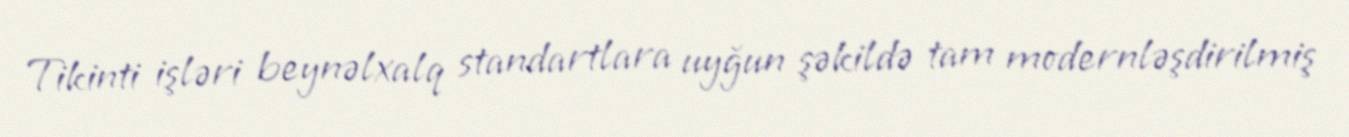
Tikinti işləri beynəlxalq standartlara uyğun şəkildə tam modernləşdirilmiş